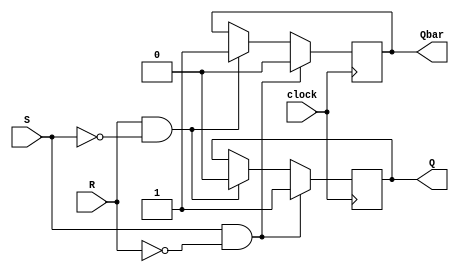
module sr_flip_flop (
    input S,
    input R,
    input clock,
    output reg Q,
    output reg Qbar
);

always @(posedge clock) begin
    if (S & ~R) begin
        Q <= 1;
        Qbar <= 0;
    end else if (R & ~S) begin
        Q <= 0;
        Qbar <= 1;
    end
end

endmodule